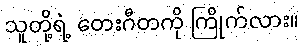
သူတို့ရဲ့ တေးဂီတကို ကြိုက်လား။